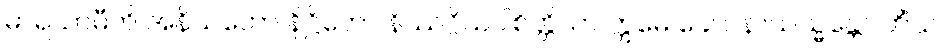
ဓာရယာမီတိ အနိယတော နိဋ္ဌိတော နိဿဂ္ဂိယပါစိတ္တိယာ ဣမေ ခေါ ပနာယသ္မန္တော တိံသ